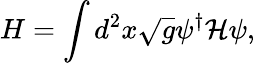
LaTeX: H=\int d^{2}x\sqrt{g}\psi^{\dagger}\mathcal{H}\psi,